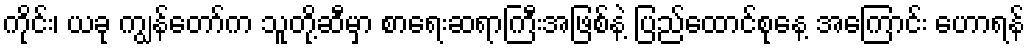
ကိုင်း၊ ယခု ကျွန်တော်က သူတို့ဆီမှာ စာရေးဆရာကြီးအဖြစ်နဲ့ ပြည်ထောင်စုနေ့ အကြောင်း ဟောရန်